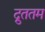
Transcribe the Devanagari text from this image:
द्रुततम